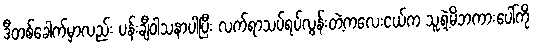
ဒီတစ်ခေါက်မှာလည်း ပန်းချီဝါသနာပါပြီး လက်ရာသပ်ရပ်လွန်းတဲ့ကလေးငယ်က သူ့ရဲ့မိဘကားပေါ်ကို